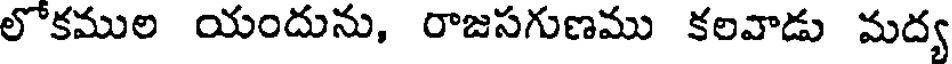
లోకముల యందును, రాజసగుణము కలవాడు మద్య